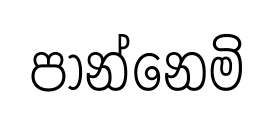
පාන්නෙමි